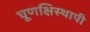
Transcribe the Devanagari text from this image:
घूणक्षिस्थापी